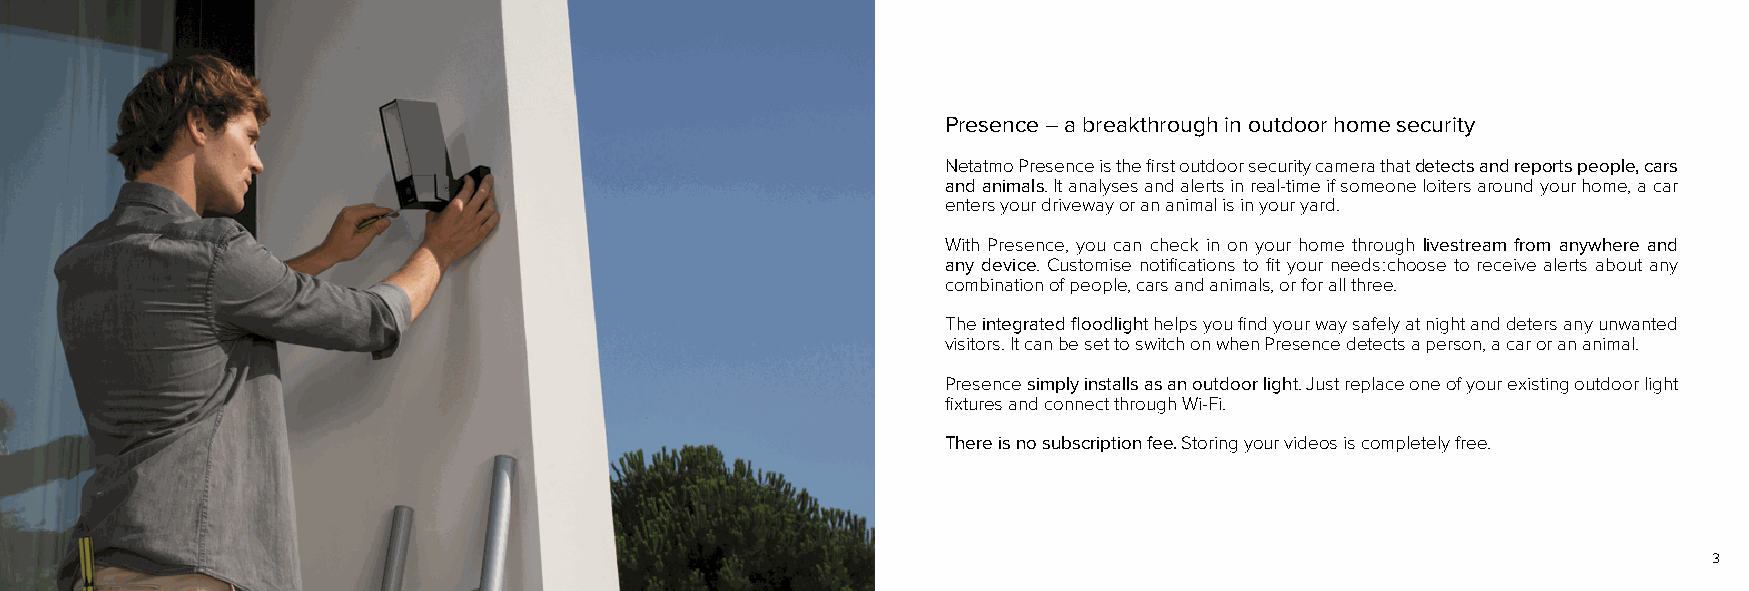
Presence – a breakthrough in outdoor home security
 Netatmo Presence is the first outdoor security camera that detects and reports people, cars
 and animals. It analyses and alerts in real-time if someone loiters around your home, a car
 enters your driveway or an animal is in your yard.
 With Presence, you can check in on your home through livestream from anywhere and
 any device. Customise notifications to fit your needs : choose to receive alerts about any
 combination of people, cars and animals, or for all three.
 The integrated floodlight helps you find your way safely at night and deters any unwanted
 visitors. It can be set to switch on when Presence detects a person, a car or an animal.
 Presence simply installs as an outdoor light. Just replace one of your existing outdoor light
 fixtures and connect through Wi-Fi.
 There is no subscription fee. Storing your videos is completely free.
 3